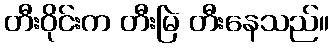
တီးဝိုင်းက တီးမြဲ တီးနေသည်။